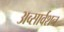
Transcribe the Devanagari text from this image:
अव्सार्वशन